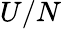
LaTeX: U/N